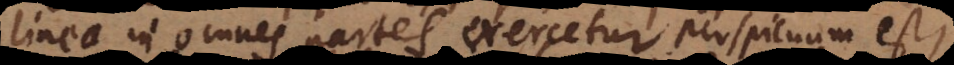
linea in omnes partes exercetur perspicuum est,